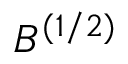
B ^ { ( 1 / 2 ) }